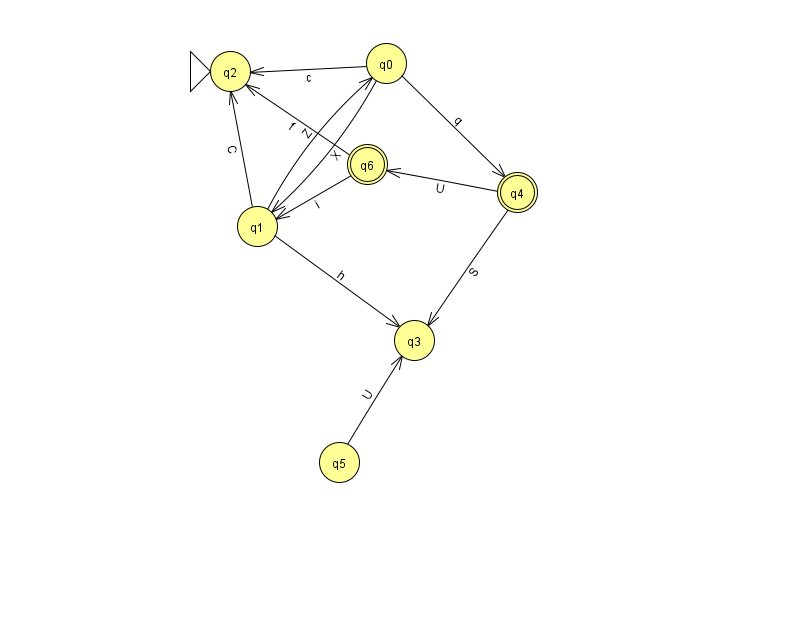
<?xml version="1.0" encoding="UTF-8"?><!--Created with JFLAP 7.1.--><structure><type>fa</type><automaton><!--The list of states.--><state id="0" name="q0"><x>386.0</x><y>50.0</y></state><state id="1" name="q1"><x>257.0</x><y>213.0</y></state><state id="2" name="q2"><x>230.0</x><y>58.0</y><initial/></state><state id="3" name="q3"><x>414.0</x><y>327.0</y></state><state id="4" name="q4"><x>517.0</x><y>179.0</y><final/></state><state id="5" name="q5"><x>339.0</x><y>449.0</y></state><state id="6" name="q6"><x>367.0</x><y>151.0</y><final/></state><!--The list of transitions.--><transition><from>4</from><to>3</to><read>S</read></transition><transition><from>0</from><to>1</to><read>X</read></transition><transition><from>1</from><to>2</to><read>C</read></transition><transition><from>1</from><to>0</to><read>Z</read></transition><transition><from>6</from><to>1</to><read>i</read></transition><transition><from>5</from><to>3</to><read>U</read></transition><transition><from>0</from><to>2</to><read>c</read></transition><transition><from>0</from><to>4</to><read>q</read></transition><transition><from>4</from><to>6</to><read>U</read></transition><transition><from>6</from><to>2</to><read>f</read></transition><transition><from>1</from><to>3</to><read>h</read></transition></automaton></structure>